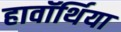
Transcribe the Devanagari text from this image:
हावॉर्थिया